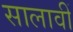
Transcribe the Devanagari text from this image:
सालावीं